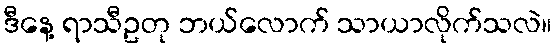
ဒီနေ့ ရာသီဥတု ဘယ်လောက် သာယာလိုက်သလဲ။